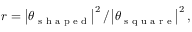
r = \left| \theta _ { \textrm { s h a p e d } } \right| ^ { 2 } / \left| \theta _ { \textrm { s q u a r e } } \right| ^ { 2 } ,